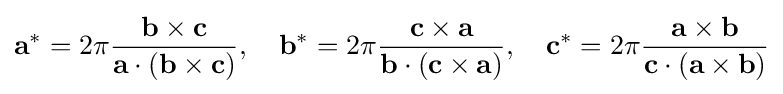
\mathbf {a} ^{*}=2\pi {\frac {\mathbf {b} \times \mathbf {c} }{\mathbf {a} \cdot (\mathbf {b} \times \mathbf {c} )}},\quad \mathbf {b} ^{*}=2\pi {\frac {\mathbf {c} \times \mathbf {a} }{\mathbf {b} \cdot (\mathbf {c} \times \mathbf {a} )}},\quad \mathbf {c} ^{*}=2\pi {\frac {\mathbf {a} \times \mathbf {b} }{\mathbf {c} \cdot (\mathbf {a} \times \mathbf {b} )}}